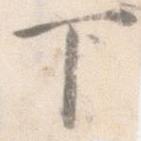
下